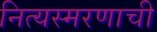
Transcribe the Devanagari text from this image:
नित्यस्मरणाची